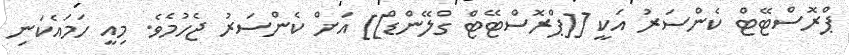
ޕްރޮސްޓޭޓް ކެންސަރު އަކީ [[ޕްރޮސްޓޭޓް ގްލޭންޑް]] އަށް ކެންސަރު ޖެހުމެވެ. މިއީ ހަމައެކަނި